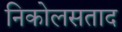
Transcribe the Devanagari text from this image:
निकोलसताद